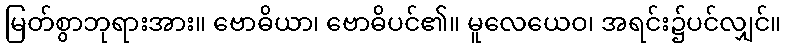
မြတ်စွာဘုရားအား။ ဗောဓိယာ၊ ဗောဓိပင်၏။ မူလေယေဝ၊ အရင်း၌ပင်လျှင်။